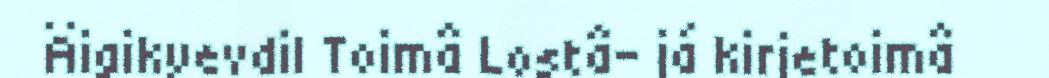
Äigikyevdil Toimâ Lostâ- já kirjetoimâ